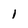
Character: 1